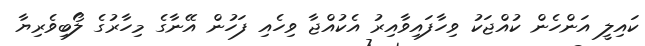
ކައިލީ އަންހެން ކުއްޖަކު ވިހާފައިވާއިރު އެކުއްޖާ ވިހެއި ފަހުން އޭނާގެ މިހާރުގެ ލޯބިވެރިޔާ